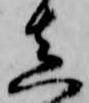
真